Indian journal of veterinary science and animal husbandry - Volume 1,
Year: 1931
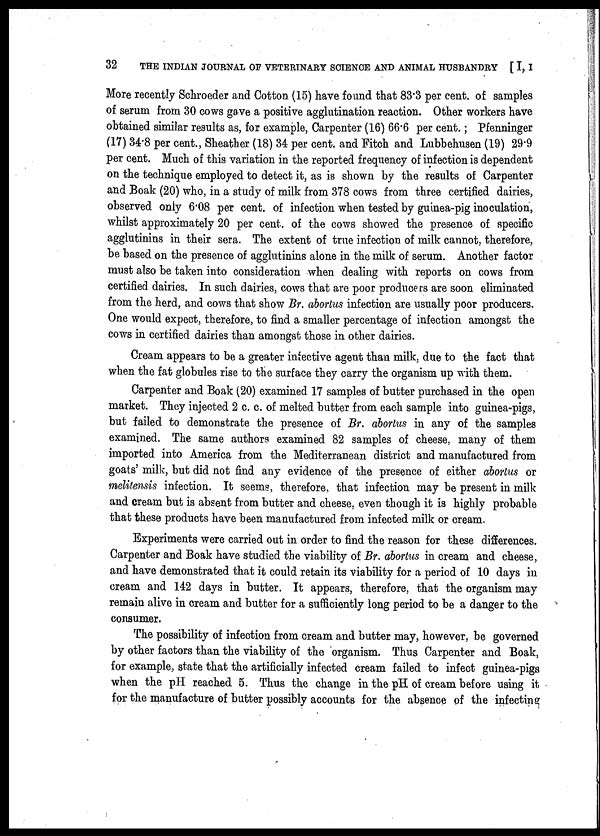
32 THE INDIAN JOURNAL OF VETERINARY SCIENCE AND ANIMAL HUSBANDRY [ I, I
More recently Schroeder and Cotton (15) have found that 83.3 per cent. of samples
of serum from 30 cows gave a positive agglutination reaction. Other workers have
obtained similar results as, for example, Carpenter (16) 66.6 per cent.; Pfenninger
(17) 34.8 per cent., Sheather (18) 34 per cent. and Fitch and Lubbehusen (19) 29.9
per cent. Much of this variation in the reported frequency of infection is dependent
on the technique employed to detect it, as is shown by the results of Carpenter
and Boak (20) who, in a study of milk from 378 cows from three certified dairies,
observed only 6.08 per cent. of infection when tested by guinea-pig inoculation,
whilst approximately 20 per cent. of. the cows showed the presence of specific
agglutinins in their sera. The extent of true infection of milk cannot, therefore,
be based on the presence of agglutinins alone in the milk of serum. Another factor
must also be taken into consideration when dealing with reports on cows from
certified dairies. In such dairies, cows that are poor producers are soon eliminated
from the herd, and cows that show Br. abortus infection are usually poor producers.
One would expect, therefore, to find a smaller percentage of infection amongst the
cows in certified dairies than amongst those in other dairies.
Cream appears to be a greater infective agent than milk, due to the fact that
when the fat globules rise to the surface they carry the organism up with them.
Carpenter and Boak (20) examined 17 samples of butter purchased in the open
market. They injected 2 c. c. of melted butter from each sample into guinea-pigs,
but failed to demonstrate the presence of Br. abortus in any of the samples
examined. The same authors examined 82 samples of cheese, many of them
imported into America from the Mediterranean district and manufactured from
goats' milk, but did not find any evidence of the presence of either abortus or
melitensis infection. It seems, therefore, that infection may be present in milk
and cream but is absent from butter and cheese, even though it is highly probable
that these products have been manufactured from infected milk or cream.
Experiments were carried out in order to find the reason for these differences.
Carpenter and Boak have studied the viability of Br. abortus in cream and cheese,
and have demonstrated that it could retain its viability for a period of 10 days in
cream and 142 days in butter. It appears, therefore, that the organism may
remain alive in cream and butter for a sufficiently long period to be a danger to the
consumer.
The possibility of infection from cream and butter may, however, be governed
by other factors than the viability of the organism. Thus Carpenter and Boak,
for example, state that the artificially infected cream failed to infect guinea-pigs
when the pH reached 5. Thus the change in the pH of cream before using it
for the manufacture of butter possibly accounts for the absence of the infecting